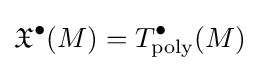
{\mathfrak {X}}^{\bullet }(M)=T_{\rm {poly}}^{\bullet }(M)